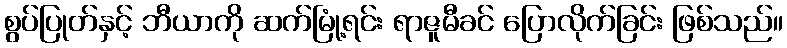
စွပ်ပြုတ်နှင့် ဘီယာကို ဆက်မြုံ့ရင်း ရာဇူမီခင် ပြောလိုက်ခြင်း ဖြစ်သည်။